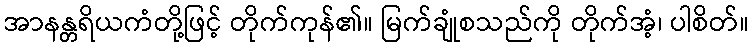
အာနန္တရိယကံတို့ဖြင့် တိုက်ကုန်၏။ မြက်ချုံစသည်ကို တိုက်အံ့၊ ပါစိတ်။